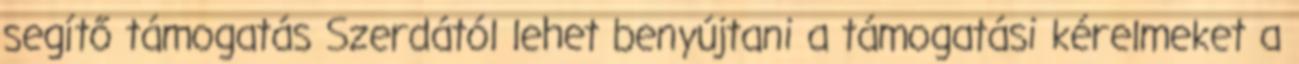
segítő támogatás Szerdától lehet benyújtani a támogatási kérelmeket a